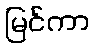
မြင်ကာ